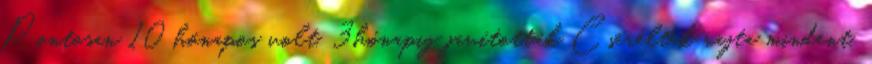
Pontosan 10 hónapos volt. 3hónapig javították Cseréltek rajta mindent,